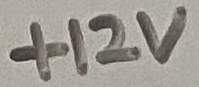
Text: +12V